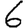
Digit: 6